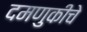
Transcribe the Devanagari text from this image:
दमणुकीचे